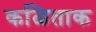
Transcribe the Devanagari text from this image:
कळिताक